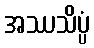
အဿသိပ္ပံ